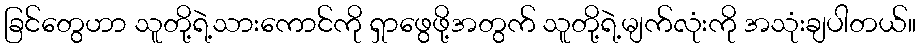
ခြင်တွေဟာ သူတို့ရဲ့သားကောင်ကို ရှာဖွေဖို့အတွက် သူတို့ရဲ့မျက်လုံးကို အသုံးချပါတယ်။